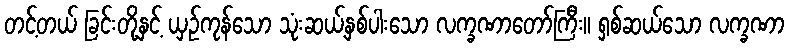
တင့်တယ် ခြင်းတို့နှင့် ယှဉ်ကုန်သော သုံးဆယ့်နှစ်ပါးသော လက္ခဏာတော်ကြီး။ ရှစ်ဆယ်သော လက္ခဏာ